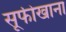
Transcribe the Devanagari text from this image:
सूफीखाना